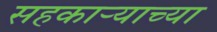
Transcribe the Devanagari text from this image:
सहकार्‍याच्या